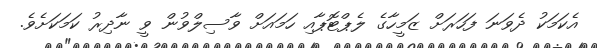
އެކަމަކު ދެވަނަ ފަހަރަށް ޒަމީހާގެ ލެޕްޓޮޕާއި ހަމައަށް ވާސިލްވުން ވީ ނާދިރު ކަމަކަށެވެ.